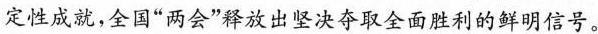
定性成就，全国”两会”释放出坚决夺取全面胜利的鲜明信号。